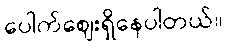
ပေါက်ဈေးရှိနေပါတယ်။